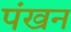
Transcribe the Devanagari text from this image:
पंखन